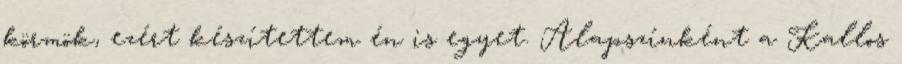
körmök, ezért készítettem én is egyet. Alapszínként a Kallos